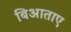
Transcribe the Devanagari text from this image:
बिआताए